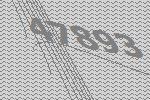
47893